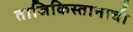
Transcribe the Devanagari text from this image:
ताजिकिस्तानाची